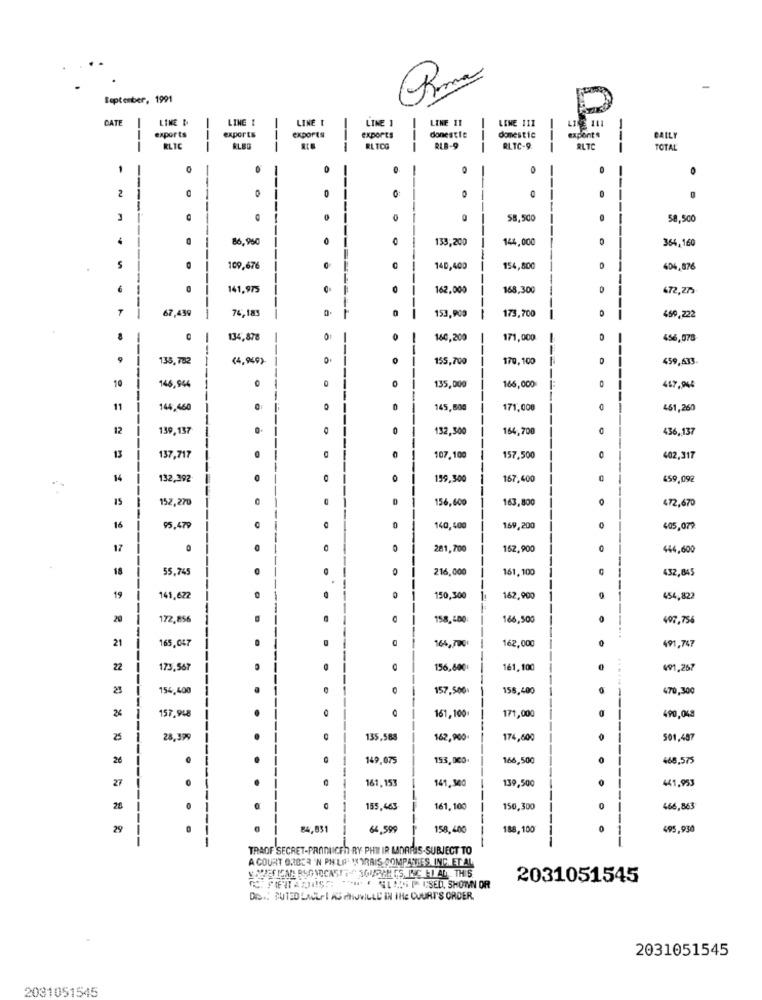
September, 1991
CATE
LINE D
LING
LINE I
LINE 1
LINE 11
LENE 111
P
--
donestle
exports
exports
exports
exports
domestic
exports
CALLY
---
RLIC
---
RL TCG
---
RLR-9
---
RLTC-9.
BLTC
TOTAL
,
0
0
--
2
---
0
0
0
0
58,500
58,500
----
-
86,950
0
0
133,200
144,000
354,160
-
5
109,676
---
140,400
154,800
404,876
1
1
0
141,975
162,000
168,300
472,27
67,439
76,183
153,900
173,700
459,222
-
134,878
160,200
171,000
456,078
I
135,782
(4,949)
155,700
170,100
459,633.
10
146,944
0
135,000
166,000
467,944
11
144,460
145,604
171,000
461,260
12
139,137
132,300
164,700
436,137
13
137,717
107,100
157,500
0
402,317
14
132,392
159,300
167,400
459,092
152,270
156,600
163,800
472,670
16
95,479
140,400
169,200
405,079
17
281,700
152,900
0
444,600
18
55,745
216,000
161, 100
432,845
19
145,622
150,300
162,900
454,822
20
172,856
158,400
166,500
497,756
21
165,047
162,000
164,7001
491,747
22
173,567
156,600
161,100
491,267
154,400
0
157,500
155,400
470,300
171,000
157.948
161, 100
490,048
28,399
135,588
162,900.
174,600
501,487
26
149,075
153,000
166,500
468,575
27
161,153
139,500
441,953
141,300
28
155,463-
161, 100
150,300
---
466,863
29
84,931
64.599
158,400
188,100
495,930
------
TRAOF SECRET-PRODUCEN RY PHEN IR LADARIS-SUBJECT TO
A COURT 0.7853 'N PH'LIAL ! TRAIS COMPANIES INC. ET AL
2031051545
DIR .: BUTED LALel AS TUVILLE IN THE COURTS ORDER.
2031051545
2031051545